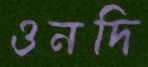
ওনদি